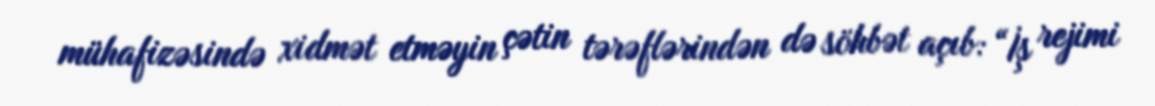
mühafizəsində xidmət etməyin çətin tərəflərindən də söhbət açıb: “İş rejimi